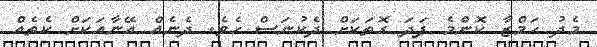
މެދު ހަމްޒާ ކޮންެމެ ފަދަ ގޮތަކަށް ދެކުނަސް ހެވެ. ދެނެެއް އޭނާއަކަށް ކެތެއް